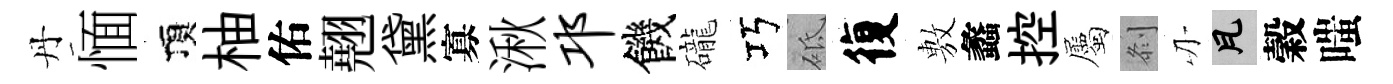
丹愐頂柚佑翹黛寡湫邛饑礲巧砥復𢾾蠡控屬𠛴刃瓦穀嗤